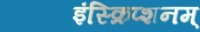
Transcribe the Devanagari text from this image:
इंस्क्रिप्शनम्